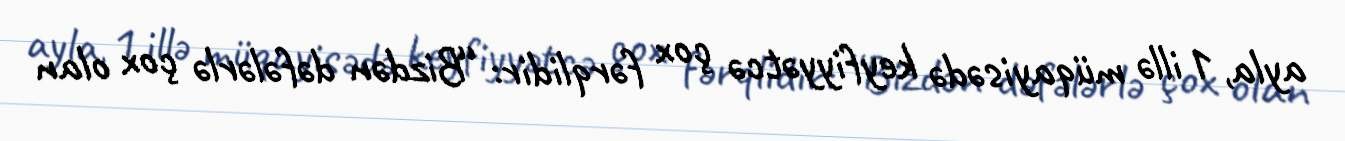
ayla, 1 illə müqayisədə keyfiyyətcə çox fərqlidir: “Bizdən dəfələrlə çox olan